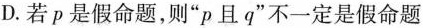
D.若p是假命题，则”p且q”不一定是假命题